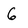
Character: 6